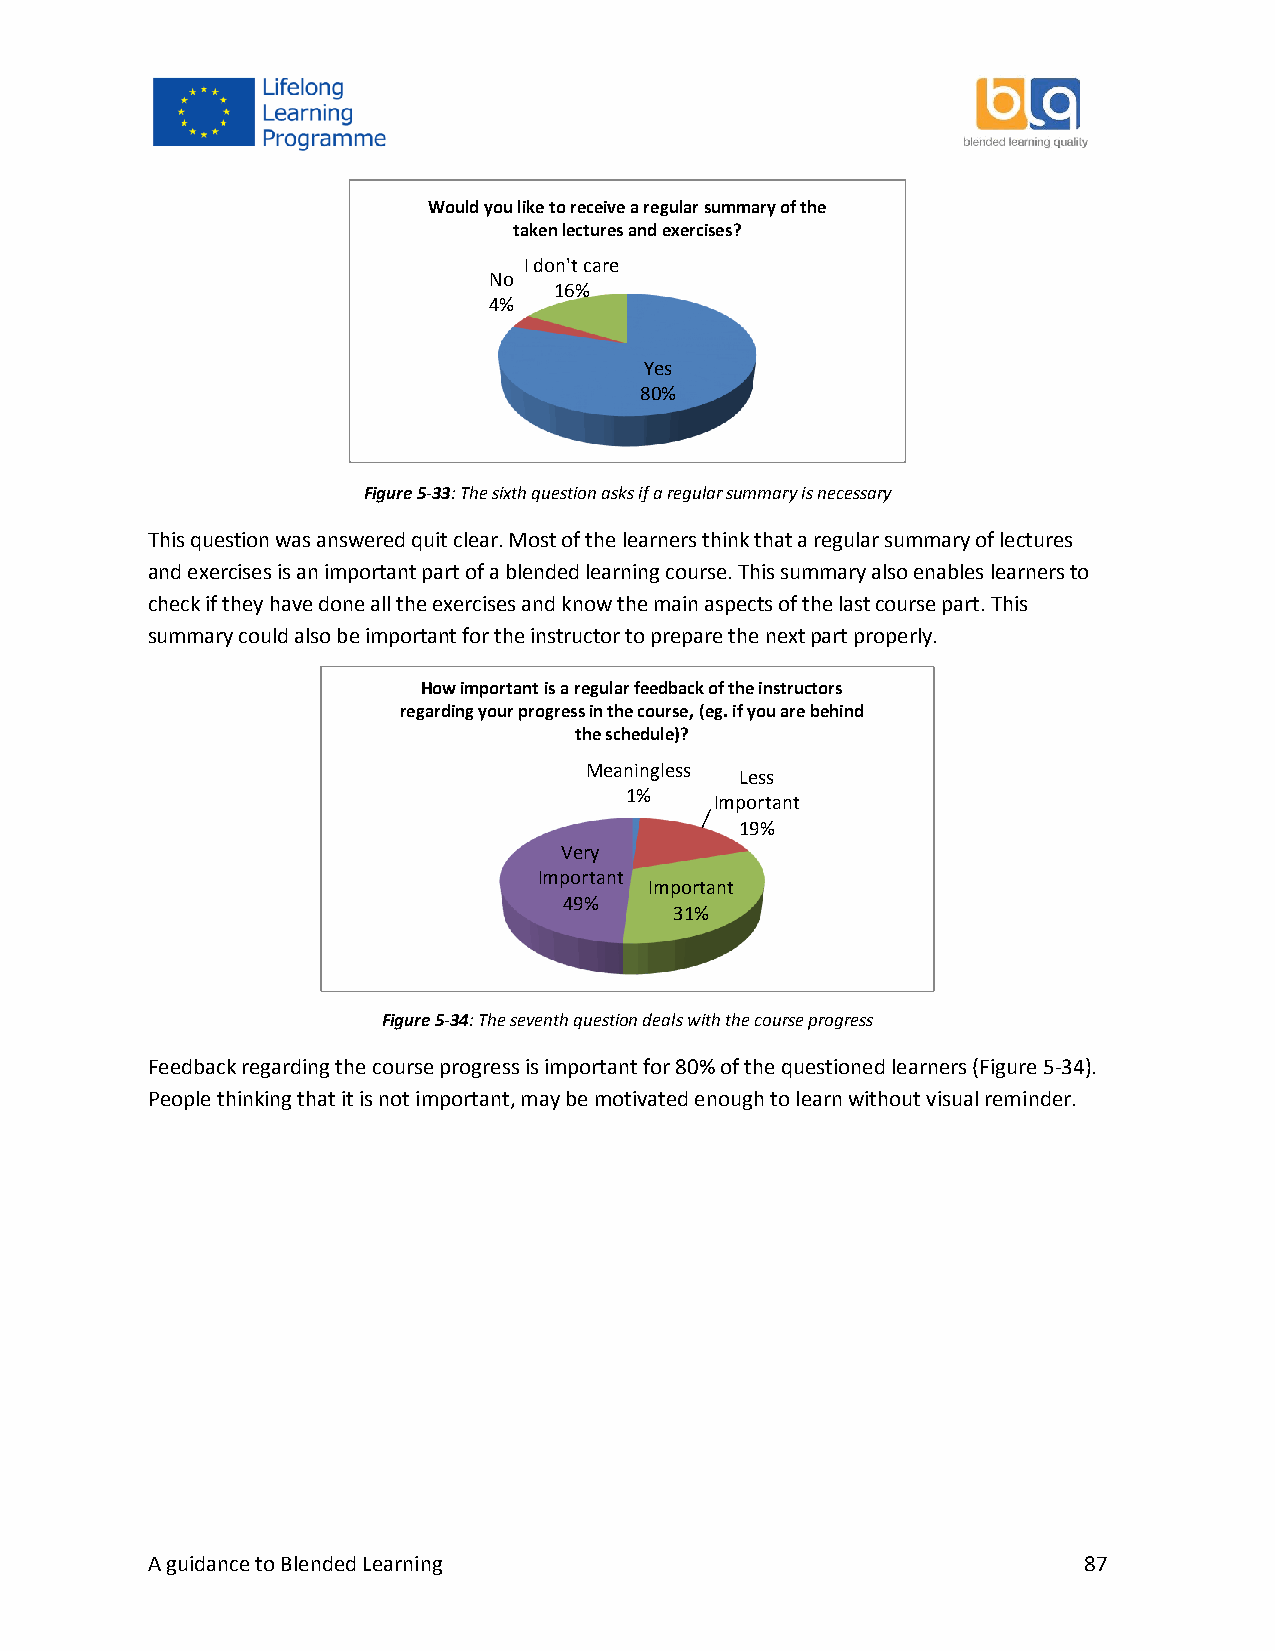
Would you like to receive a regular summary of the
 taken lectures and exercises?
 I don't care
 No
 16%
 4%
 Yes
 80%
 Figure 5-33: The sixth question asks if a regular summary is necessary
 This question was answered quit clear. Most of the learners think that a regular summary of lectures
 and exercises is an important part of a blended learning course. This summary also enables learners to
 check if they have done all the exercises and know the main aspects of the last course part. This
 summary could also be important for the instructor to prepare the next part properly.
 How important is a regular feedback of the instructors
 regarding your progress in the course, (eg. if you are behind
 the schedule)?
 Meaningless
 Less
 1%
 Important
 19%
 Very
 Important
 Important
 49%
 31%
 Figure 5-34: The seventh question deals with the course progress
 Feedback regarding the course progress is important for 80% of the questioned learners (Figure 5-34).
 People thinking that it is not important, may be motivated enough to learn without visual reminder.
 A guidance to Blended Learning                                87